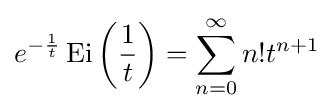
e^{-{\frac {1}{t}}}\operatorname {Ei} \left({\frac {1}{t}}\right)=\sum _{n=0}^{\infty }n!t^{n+1}